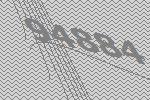
94884